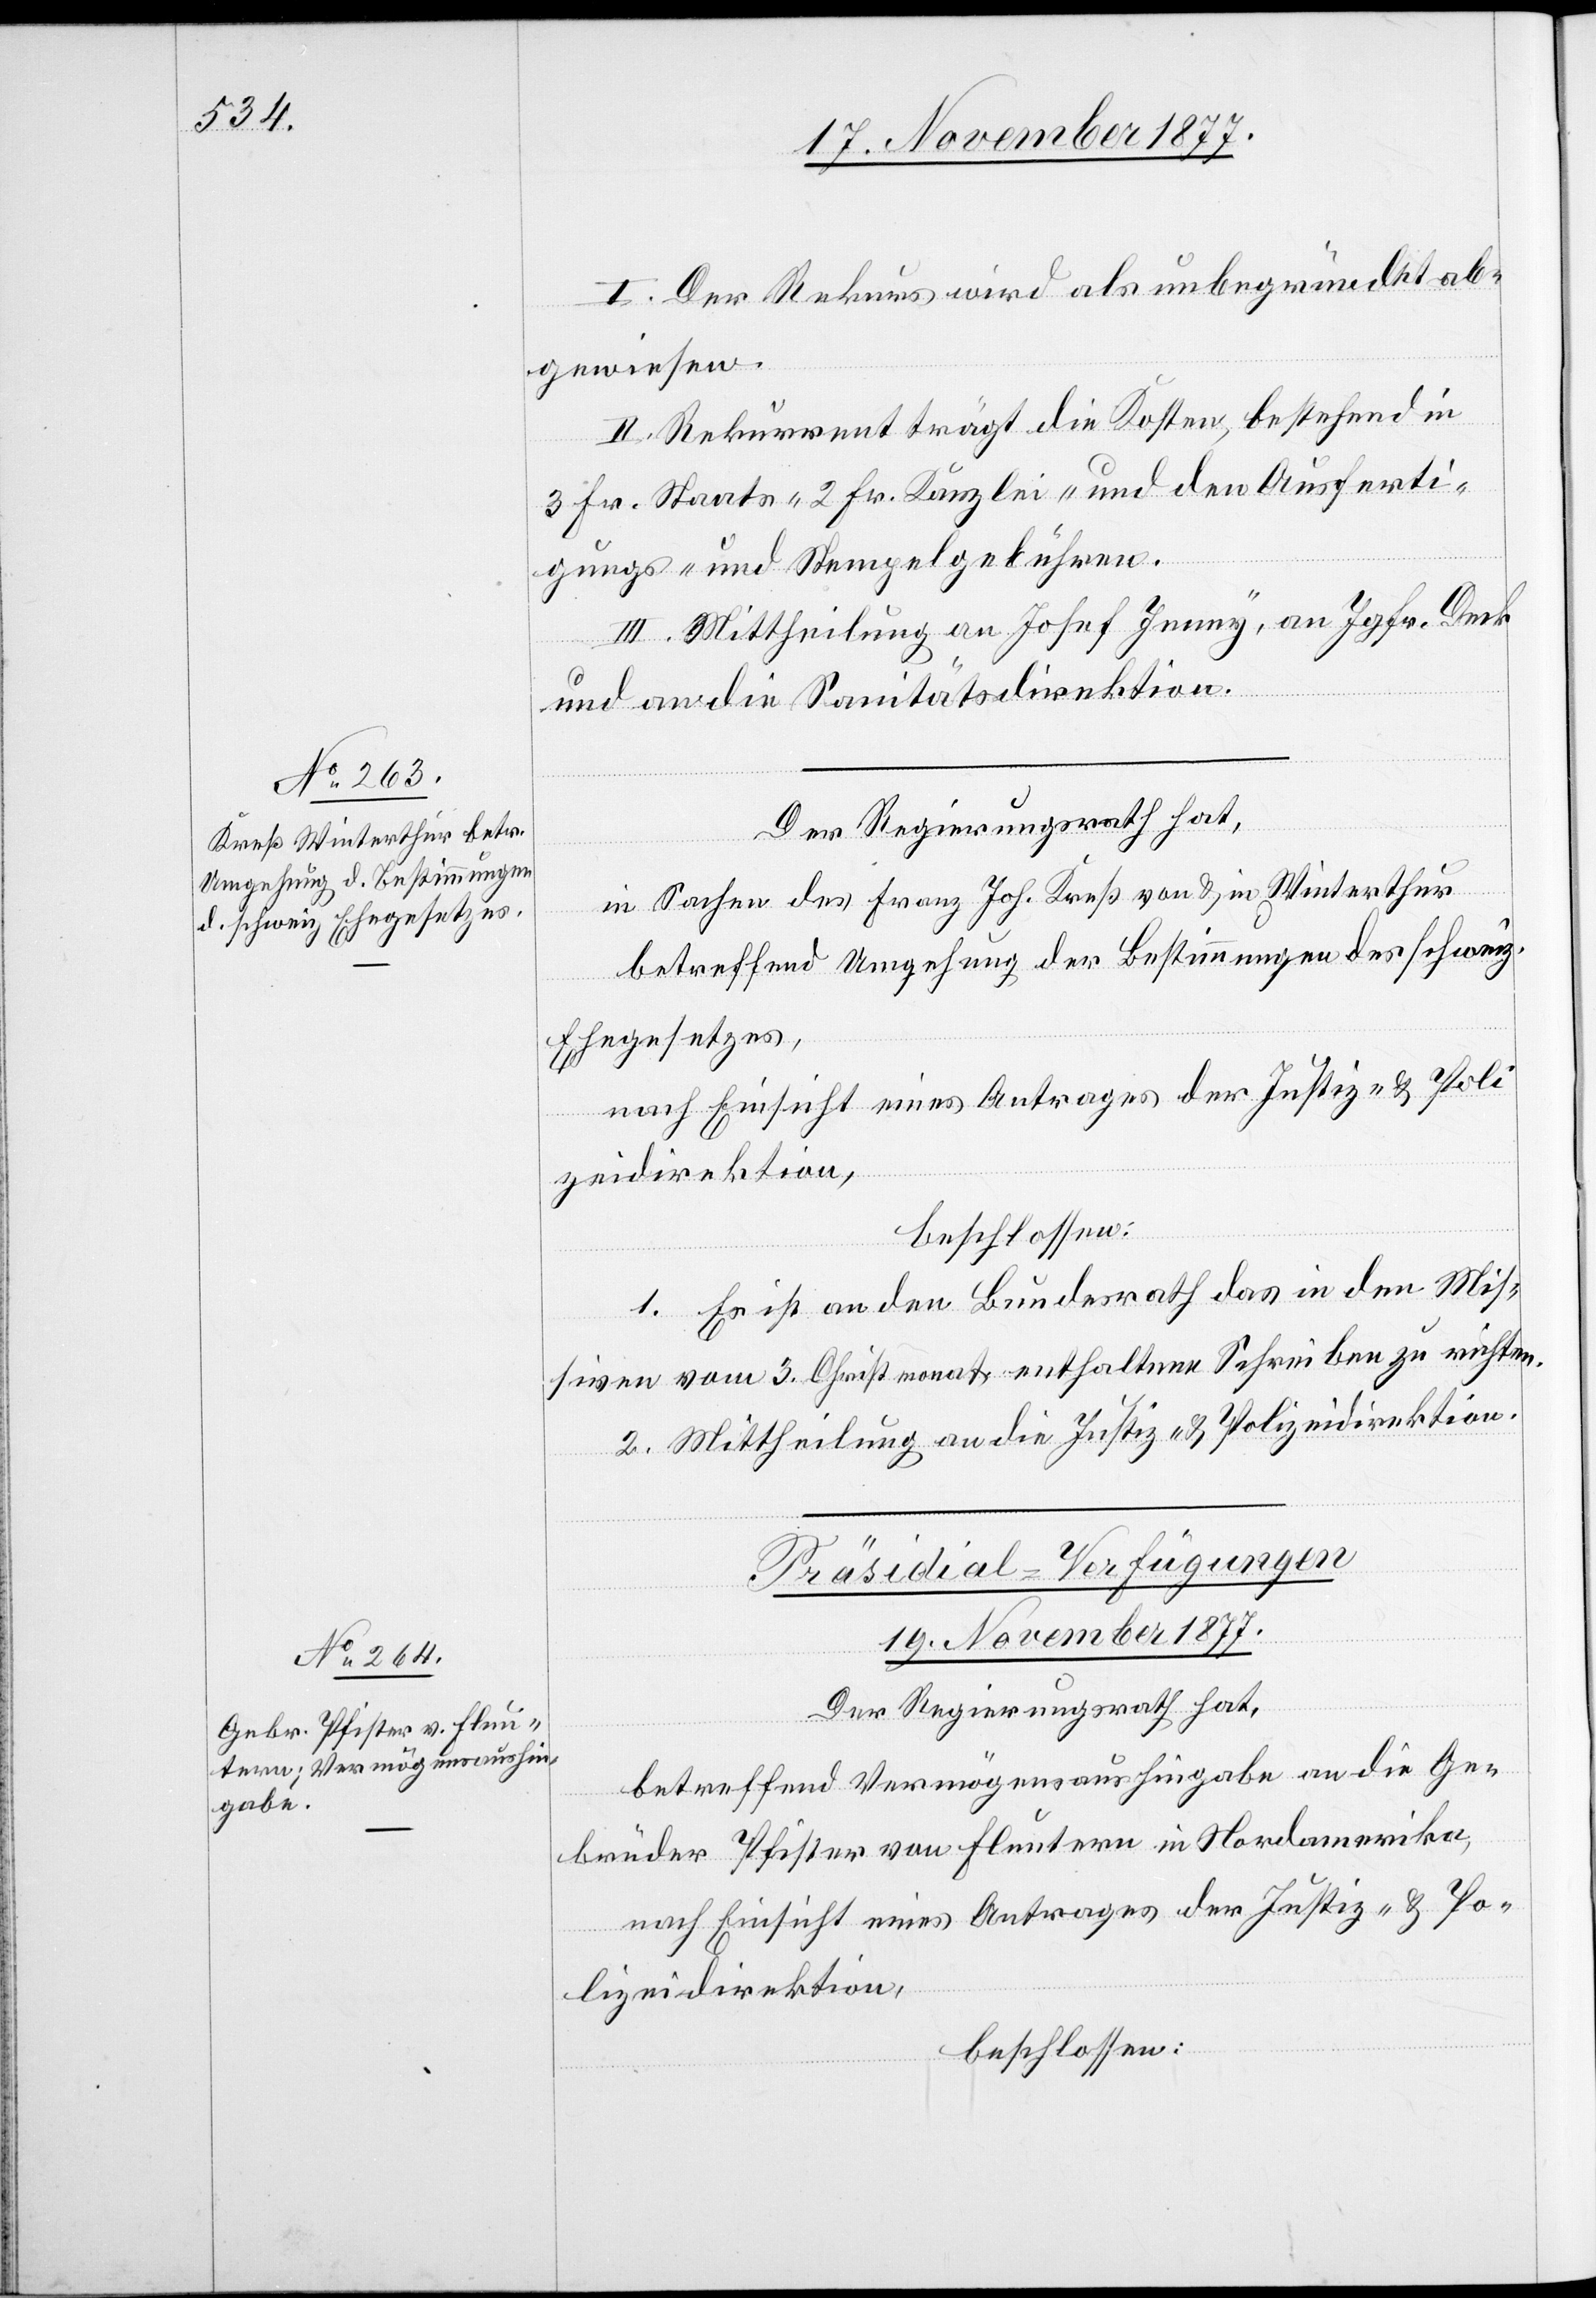
I. Der Rekurs wird als unbegründet ab¬
gewiesen.
II. Rekurrent trägt die Kosten, bestehend in
3 Fr. Staats-[,] 2 Fr. Kanzlei- und den Ausferti¬
gungs- und Stempelgebühren.
III. Mittheilung an Josef Jenny, an Jgfr. Deck
und an die Sanitätsdirektion.
Der Regierungsrath hat,
in Sachen des Franz Joh. Kreß von & in Winterthur
betreffend Umgehung der Bestimmungen des schweiz.
Ehegesetzes,
nach Einsicht eines Antrages der Justiz- & Poli¬
zeidirektion,
beschlossen:
1. Es ist an den Bundesrath das in den Mis¬
siven vom 3. Christmonat enthaltene Schreiben zu richten.
2. Mittheilung an die Justiz- & Polizeidirektion.
Präsidial-Verfügungen
19. November 1877.
Der Regierungsrath hat,
betreffend Vermögensaushingabe an die Ge¬
brüder Pfister von Fluntern in Nordamerika,
nach Einsicht eines Antrages der Justiz- & Po¬
lizeidirektion,
beschlossen: